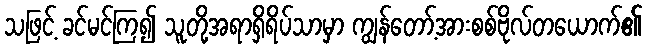
သဖြင့် ခင်မင်ကြ၍ သူတို့အရာရှိရိပ်သာမှာ ကျွန်တော့်အားစစ်ဗိုလ်တယောက်၏